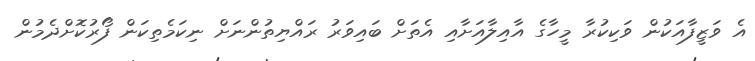
އެ ވަޒީފާއަކުން ވަކިކުރާ މީހާގެ އާއިލާއަށާއި އެތަށް ބައިވަރު ރައްޔިތުންނަށް ނިކަމެތިކަން ފޯރުކޮށްދެމުން